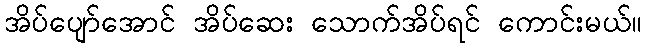
အိပ်ပျော်အောင် အိပ်ဆေး သောက်အိပ်ရင် ကောင်းမယ်။